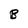
Character: B